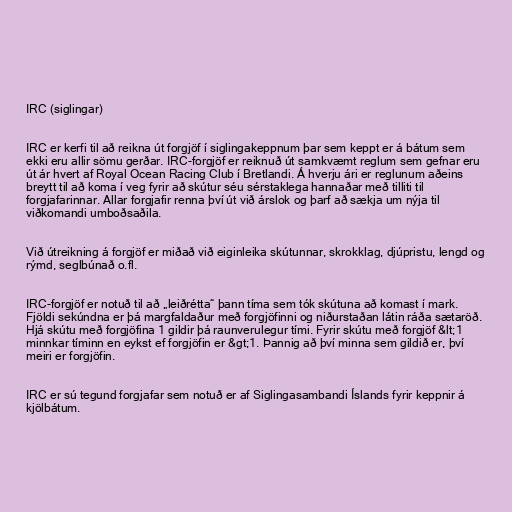
IRC (siglingar)

IRC er kerfi til að reikna út forgjöf í siglingakeppnum þar sem keppt er á bátum sem
ekki eru allir sömu gerðar. IRC-forgjöf er reiknuð út samkvæmt reglum sem gefnar eru
út ár hvert af Royal Ocean Racing Club í Bretlandi. Á hverju ári er reglunum aðeins
breytt til að koma í veg fyrir að skútur séu sérstaklega hannaðar með tilliti til
forgjafarinnar. Allar forgjafir renna því út við árslok og þarf að sækja um nýja til
viðkomandi umboðsaðila.

Við útreikning á forgjöf er miðað við eiginleika skútunnar, skrokklag, djúpristu, lengd og
rýmd, seglbúnað o.fl.

IRC-forgjöf er notuð til að „leiðrétta“ þann tíma sem tók skútuna að komast í mark.
Fjöldi sekúndna er þá margfaldaður með forgjöfinni og niðurstaðan látin ráða sætaröð.
Hjá skútu með forgjöfina 1 gildir þá raunverulegur tími. Fyrir skútu með forgjöf &lt;1
minnkar tíminn en eykst ef forgjöfin er &gt;1. Þannig að því minna sem gildið er, því
meiri er forgjöfin.

IRC er sú tegund forgjafar sem notuð er af Siglingasambandi Íslands fyrir keppnir á
kjölbátum.